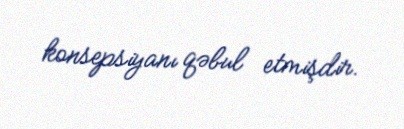
konsepsiyanı qəbul etmişdir.